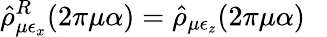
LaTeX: \hat{\rho}_{\mu\epsilon_{x}}^{R}(2\pi\mu\alpha)=\hat{\rho}_{\mu\epsilon_{z}}(2\pi\mu\alpha)~~~